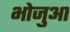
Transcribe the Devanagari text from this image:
भोजुआ